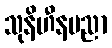
သုနိဟီနပညာ